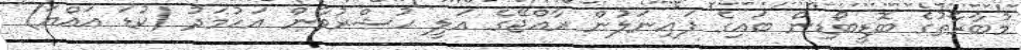
މުބާރާތުގެ ބޮޑީބޯޑިން ބައިގެ ފައިނަލުން ރާއްޖޭގެ އަލީ ހުޝްރުވާން އަހުމަދު (ކުޑަ އައްޔަ)